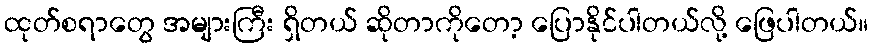
ထုတ်စရာတွေ အများကြီး ရှိတယ် ဆိုတာကိုတော့ ပြောနိုင်ပါတယ်လို့ ဖြေပါတယ်။